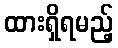
ထားရှိရမည့်